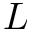
L